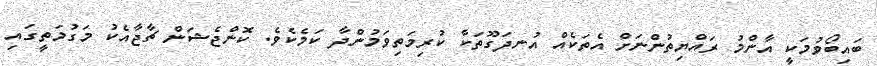
ބައިބޯވުމަކީ އާންމު ރައްޔިތުންނަށް އެތަކެއް އުނދަގޫތަކާ ކުރިމަތިވަމުންދާ ކަމެކެވެ. ކޮންޖެޝަން ޗާޖާއެކު މަގުމަތީގައި